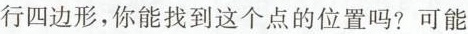
行四边形，你能找到这个点的位置吗?可能